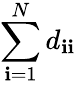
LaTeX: \sum_{\mathbf{i}=1}^{N}d_{\mathbf{i}\mathbf{i}}